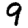
Digit: 9